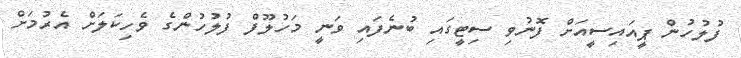
ފުލުހުން ޕީއައިސީއަށް ފޮނުވި ސިޓީގައި ބުނެފައި ވަނީ މަހުލޫފް ފުލުހުންގެ ވެހިކަލަށް އެރުމަށް